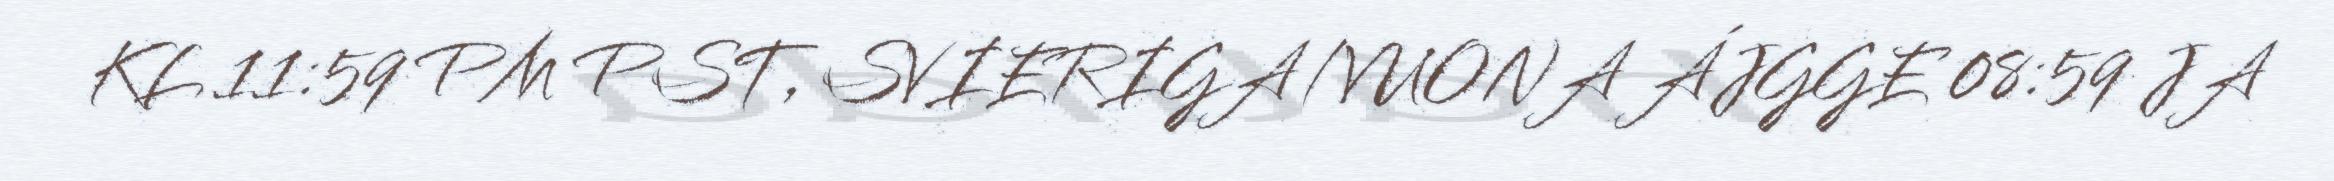
KL 11:59 PM PST, SVIERIGA/VUONA ÁJGGE 08:59 JA